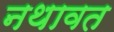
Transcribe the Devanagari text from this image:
नथावत